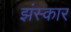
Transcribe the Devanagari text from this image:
झंस्कार